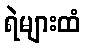
ရဲများထံ